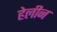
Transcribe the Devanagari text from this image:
हेलीन